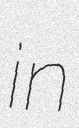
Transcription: in